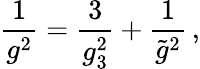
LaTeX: {\frac{1}{g^{2}}}={\frac{3}{g_{3}^{2}}}+{\frac{1}{{\tilde{g}}^{2}}}\, ,